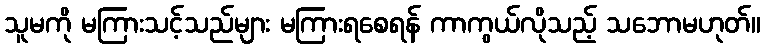
သူမကို မကြားသင့်သည်များ မကြားရစေရန် ကာကွယ်လိုသည့် သဘောမဟုတ်။